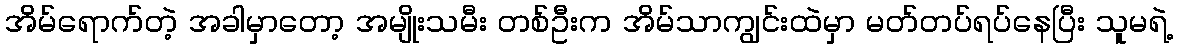
အိမ်ရောက်တဲ့ အခါမှာတော့ အမျိုးသမီး တစ်ဦးက အိမ်သာကျွင်းထဲမှာ မတ်တပ်ရပ်နေပြီး သူမရဲ့